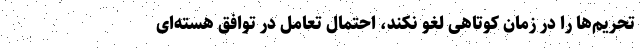
تحریم‌ها را در زمان کوتاهی لغو نکند، احتمال تعامل در توافق هسته‌ای